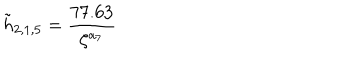
LaTeX: \tilde { h } _ { 2 , 1 , 5 } = \frac { 7 7 . 6 3 } { \zeta ^ { a _ { 7 } } }